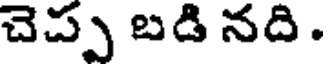
చెప్ప బడి నది .